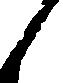
候